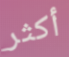
أكثر